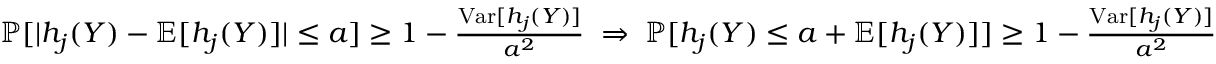
\begin{array} { r } { \mathbb { P } [ | h _ { j } ( \boldsymbol { Y } ) - \mathbb { E } [ h _ { j } ( \boldsymbol { Y } ) ] | \leq a ] \geq 1 - \frac { \mathrm { V a r } [ h _ { j } ( \boldsymbol { Y } ) ] } { a ^ { 2 } } \; \Rightarrow \; \mathbb { P } [ h _ { j } ( \boldsymbol { Y } ) \leq a + \mathbb { E } [ h _ { j } ( \boldsymbol { Y } ) ] ] \geq 1 - \frac { \mathrm { V a r } [ h _ { j } ( \boldsymbol { Y } ) ] } { a ^ { 2 } } } \end{array}